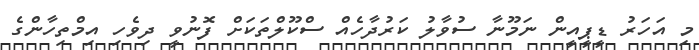
މި އަހަރު ޑީޕީއީން ނަމޫނާ ސުވާލު ކަރުދާހެއް ސްކޫލްތަކަށް ފޮނުވީ ދިވެހި އިމްތިހާންގެ